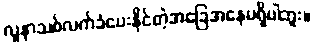
လူနာသစ်လက်ခံပေးနိုင်တဲ့အခြေအနေမရှိပါဘူး။